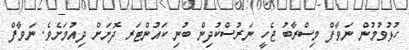
ހުޅުވުމުން ނަވާފް މިސްރާބު ޖެހީ ނަރުސްކުދިން ބުނި ކައުންޓަރ ދޮށަށް ދިއުމަށެވެ. ނަވާފް